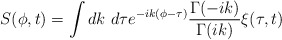
\begin{align*}S(\phi,t) = \int dk~d\tau e^{-ik(\phi-\tau)}{\Gamma (-ik) \over \Gamma (ik)} \xi (\tau,t)\end{align*}